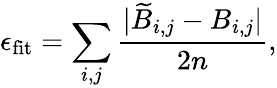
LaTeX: \epsilon_{\mathrm{fit}}=\sum_{i,j}{\frac{|\widetilde{B}_{i,j}-B_{i,j}|}{2n}},